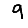
Digit: 9